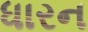
ધારન